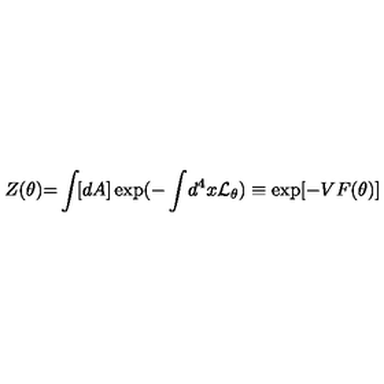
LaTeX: Z ( \theta ) { = } \int \! [ d A ] \exp ( { - } \int \! d ^ { 4 } x { \cal L } _ { \theta } ) \equiv \exp [ - V F ( \theta ) ]